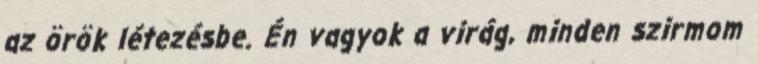
az örök létezésbe. Én vagyok a virág, minden szirmom